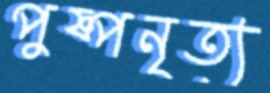
পুষ্পনৃত্য